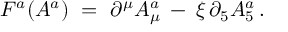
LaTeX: F ^ { a } ( A ^ { a } ) \ = \ \partial ^ { \mu } A _ { \mu } ^ { a } \: - \: \xi \, \partial _ { 5 } A _ { 5 } ^ { a } \, .